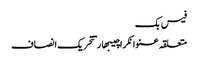
فیس بک
متعلقہ عنوانکراچیبھارتتحریک انصاف